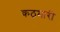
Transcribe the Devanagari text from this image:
कठमारी